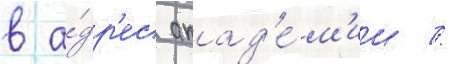
в а́др'ес акад'е́м'ии //